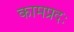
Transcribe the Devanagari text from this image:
कामप्रदः